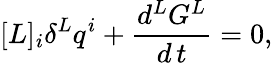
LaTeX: [L]_{i}\delta^{L}q^{i}+\frac{d^{L}G^{L}}{d\, t}=0,